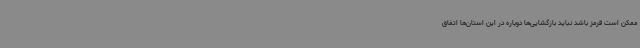
ممکن است قرمز باشد نباید بازگشایی‌ها دوباره در این استان‌ها اتفاق